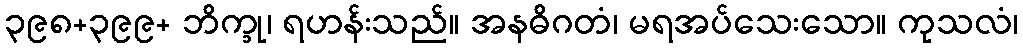
၃၉၈+၃၉၉+ ဘိက္ခု၊ ရဟန်းသည်။ အနဓိဂတံ၊ မရအပ်သေးသော။ ကုသလံ၊